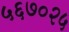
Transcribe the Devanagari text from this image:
५६७०२५